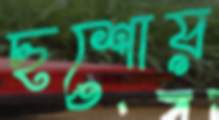
ছশোয়